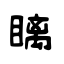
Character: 瞝